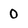
Character: 0